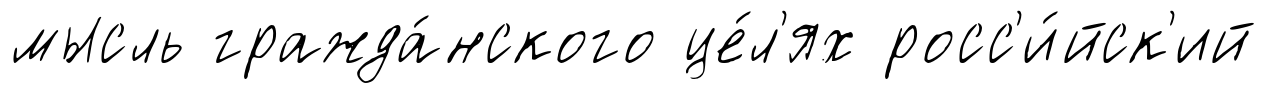
мысль гражда́нского це́л'ях росс'и́йск'ий